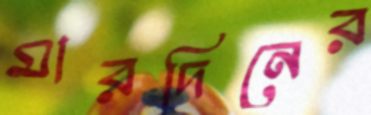
মারদিনের